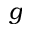
g